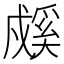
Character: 𰒳